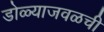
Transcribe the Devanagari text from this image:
डोळ्याजवळची